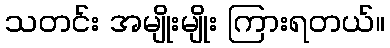
သတင်း အမျိုးမျိုး ကြားရတယ်။